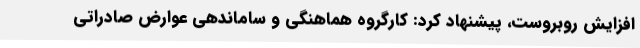
افزایش روبروست، پیشنهاد کرد: کارگروه هماهنگی و ساماندهی عوارض صادراتی